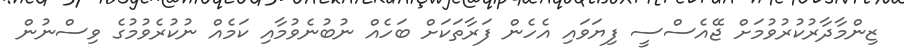
ޒިންމާދާރުކުރުވުމަށް ޖޭއެސްސީ ފިޔަވައި އެހެން ފަރާތަކަށް ބަހެއް ނުބުނެވުމާއި ކަމެއް ނުކުރެވުމުގެ ވިސްނުން